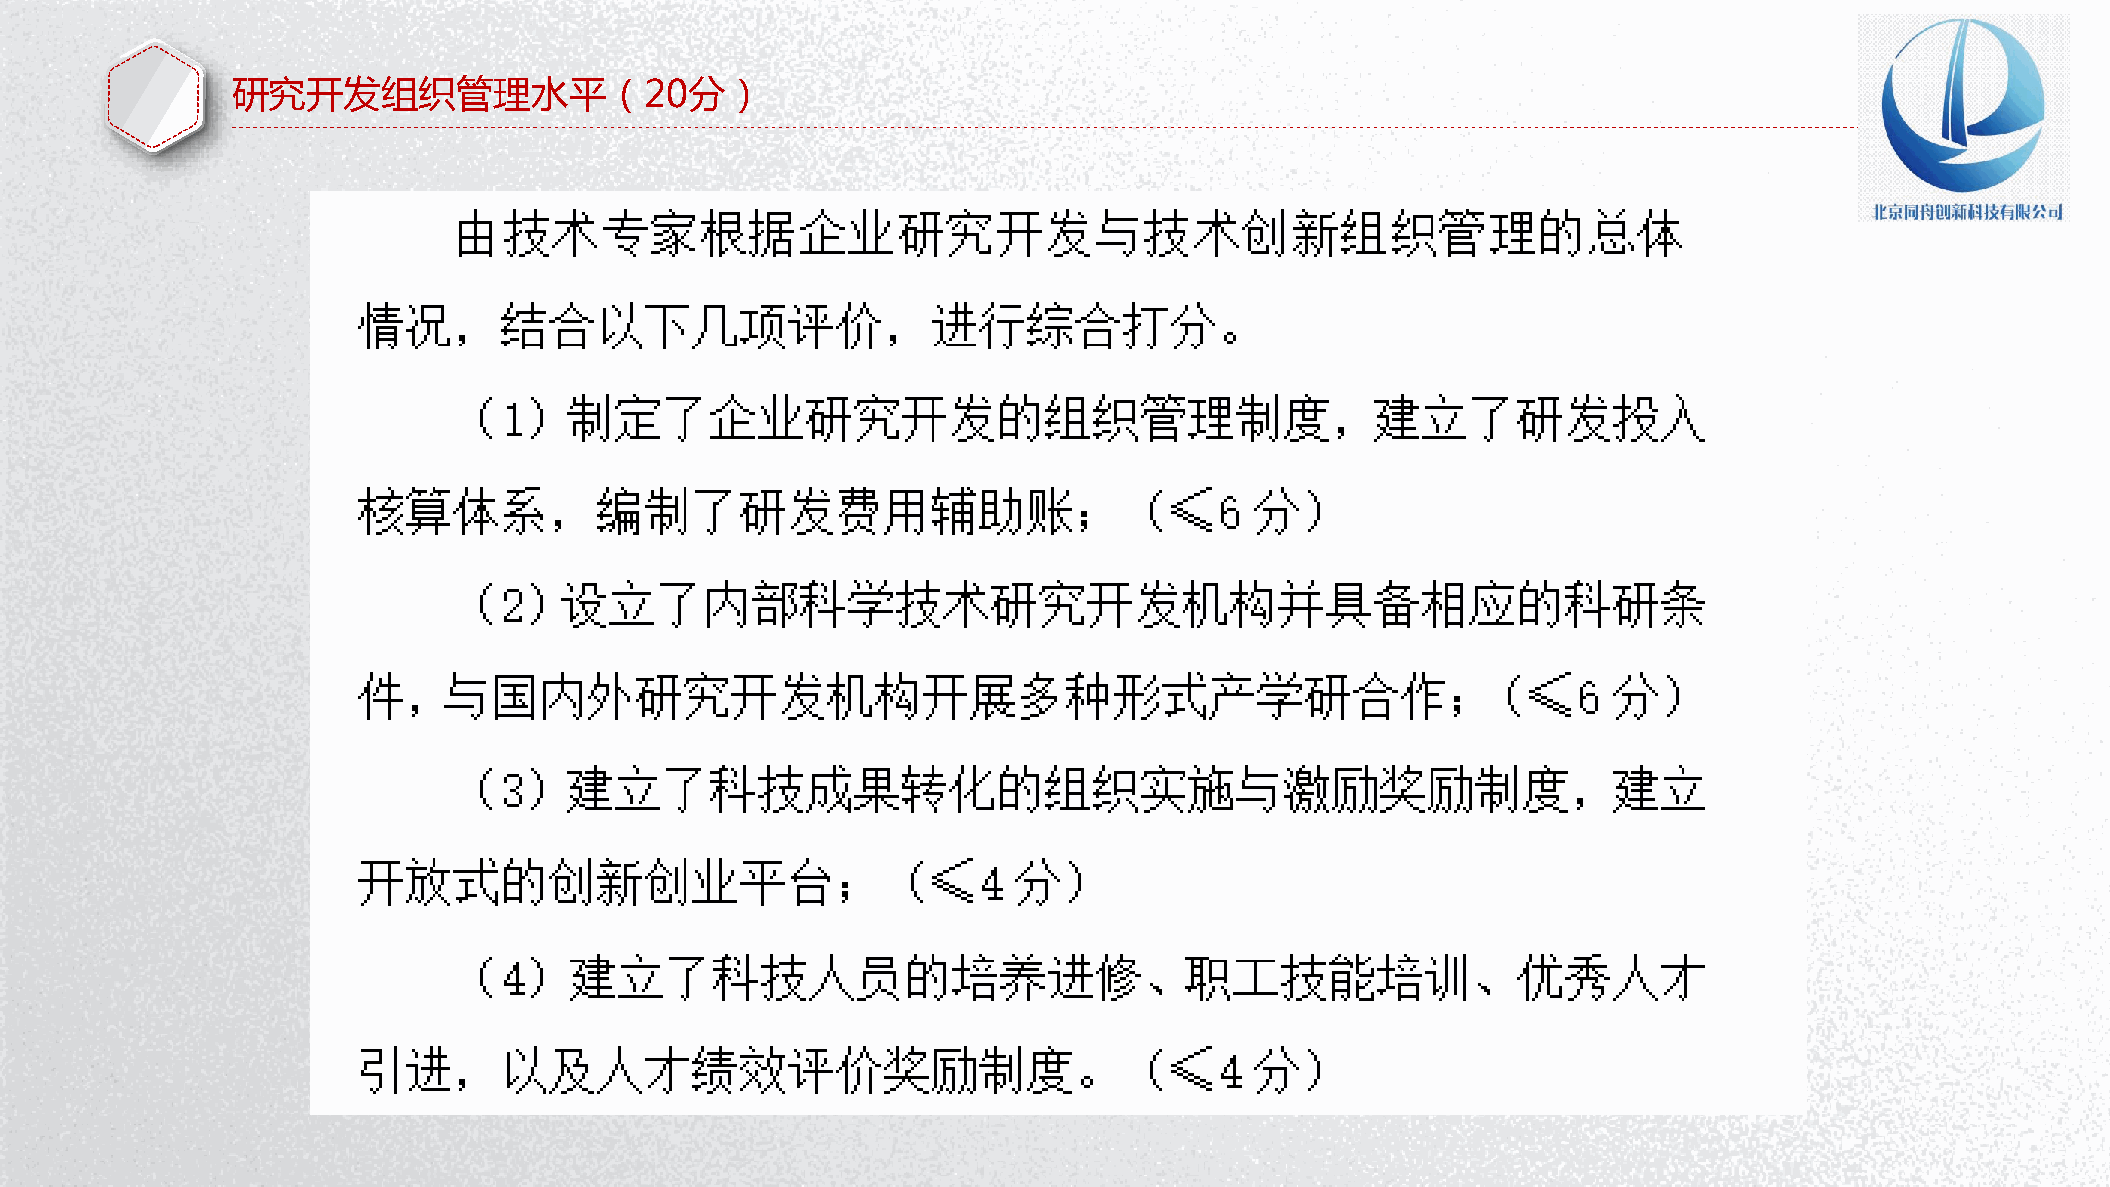
研究开发组织管理水平（20分）
 P节P优W资范教字PPo日秀料文案体TTr模背d下下下下PP教板景PP载载载载TT程下模图下：：：：：载板片载wwww：：：： wwwwwwwwwwwwww....wwwww1111.ppppwwww1pppp....ptttt1111p....ppppcccctoooopppp.cmmmmtttto....ccccm////oooozfjziammmmi i/ al tnwioia//// /waomjbxoii ne ere /ao dr n/izjb i /ia //n a i /gn / / 行 PP P PEPP 试P业 PxTTT cT图教 卷e素P 课lP 教下表程材T 件模 程下： 载下 下板 ：载 ：载w载： w： ww： ：www www wwww .ww1.w.w p1w 1wppw. p.1.tpp1 .1.p t1p tcp .p o .ppcp ct mopot.t.mtc. m/c .ocopco /m /omoem smxw h/// ch it /e ts eau kiurl/nb e/pc g jiaoa iy ai io/ ne n// t/ /